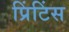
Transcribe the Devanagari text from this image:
प्रिंटिंस